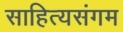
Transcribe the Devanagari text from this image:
साहित्यसंगम